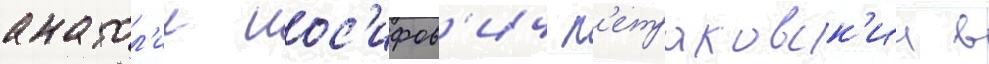
анатол'ии иос'ифов'ич п'етраковск'ии в